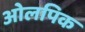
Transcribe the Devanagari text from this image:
ओलपिक